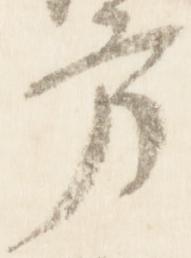
方